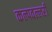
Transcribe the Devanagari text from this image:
कल्पवल्लरी